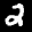
Label: 2